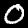
Digit: 0